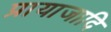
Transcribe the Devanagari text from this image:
प्रायाजादि